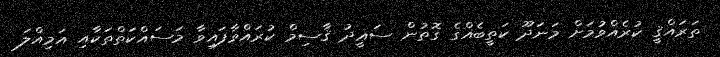
ތަރައްޤީ ކުރެއްވުމަށް މަނަދޫ ކަތީބެއްގެ ގޮތުން ސަޢީދު ޤާސިމް ކުރައްވާފައިވާ މަސައްކަތްތަކާއި އަމިއްލަ